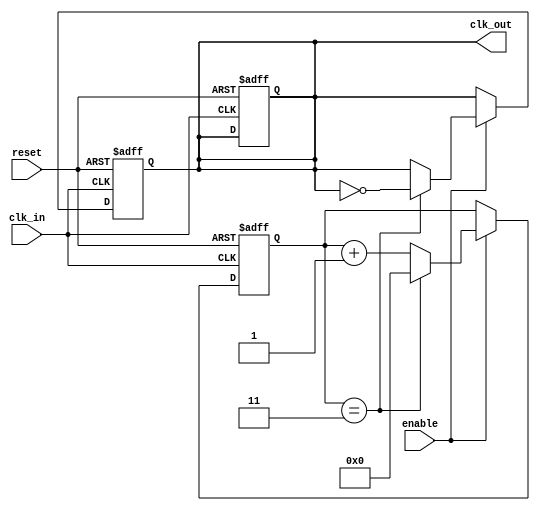
module clock_divider_buffer #(
    parameter N = 4  // Division factor, configurable
) (
    input wire clk_in,   // Input clock signal
    input wire enable,    // Enable signal
    input wire reset,     // Asynchronous reset signal
    output reg clk_out    // Divided output clock signal
);

    reg [31:0] counter;   // Counter for tracking clock cycles

    // Asynchronous reset and counter logic
    always @(posedge clk_in or posedge reset) begin
        if (reset) begin
            counter <= 0;       // Reset counter
            clk_out <= 0;       // Reset output clock
        end else if (enable) begin
            if (counter == (N - 1)) begin
                clk_out <= ~clk_out; // Toggle output clock
                counter <= 0;         // Reset counter
            end else begin
                counter <= counter + 1; // Increment counter
            end
        end
    end

    // If enable is low, hold the last state of clk_out
    // The clk_out should remain low as per the requirement
    always @(posedge clk_in or posedge reset) begin
        if (reset) begin
            clk_out <= 0; // Reset output clock
        end else if (!enable) begin
            clk_out <= clk_out; // Hold last state of clk_out
        end
    end

endmodule